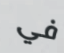
في